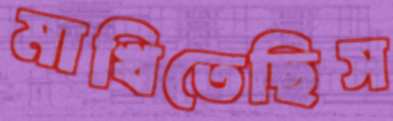
মাখিতেছিস